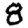
Digit: 8